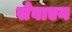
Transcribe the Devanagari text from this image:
सेवाएन